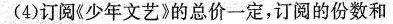
(4)订阅(少年文艺》的总价一定，订阅的份数和